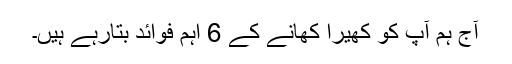
آج ہم آپ کو کھیرا کھانے کے 6 اہم فوائد بتارہے ہیں۔